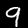
Digit: 9